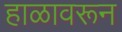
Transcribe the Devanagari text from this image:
हाळावरून